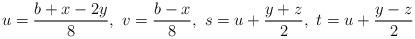
LaTeX: \begin{align*}u=\frac{b+x-2y}8,\ v=\frac{b-x}8,\ s=u+\frac{y+z}2,\ t=u+\frac{y-z}2\end{align*}